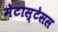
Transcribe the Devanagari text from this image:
मेटास्टेसस